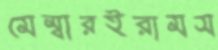
মেম্বারইরামস